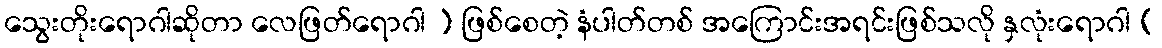
သွေးတိုးရောဂါဆိုတာ လေဖြတ်ရောဂါ ) ဖြစ်စေတဲ့ နံပါတ်တစ် အကြောင်းအရင်းဖြစ်သလို နှလုံးရောဂါ (